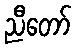
ညီတော်